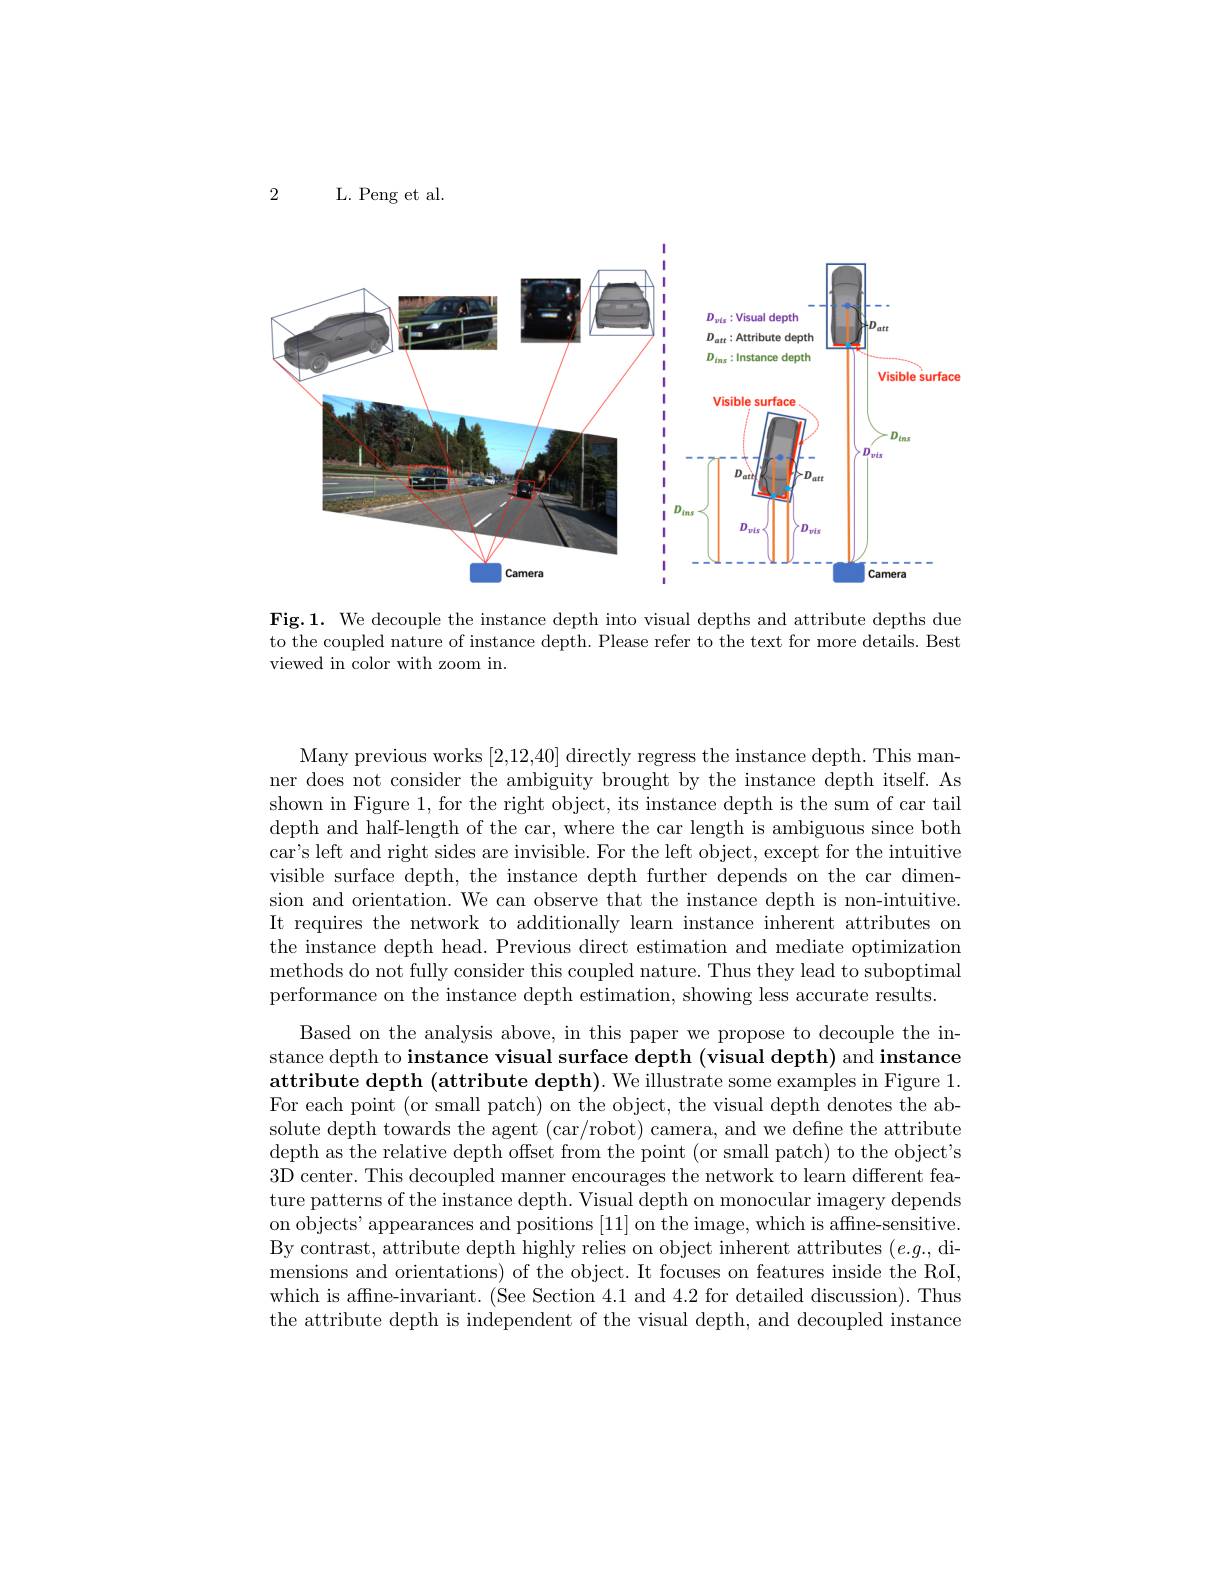
2

L. Peng et al

<FigureHere>

Fig.1. We decouple the instance depth into visual depths and attribute depths due to the coupled nature of instance depth. Please refer to the text for more details. Best viewed in color with zoom in.

Many previous works [2,12,40] directly regress the instance depth. This manner does not consider the ambiguity brought by the instance depth itself. As shown in Figure 1, for the right object, its instance depth is the sum of car tail depth and half-length of the car, where the car length is ambiguous since both car's left and right sides are invisible. For the left object, except for the intuitive visible surface depth, the instance depth further depends on the car dimension and orientation. We can observe that the instance depth is non-intuitive. It requires the network to additionally learn instance inherent attributes on the instance depth head. Previous direct estimation and mediate optimization methods do not fully consider this coupled nature. Thus they lead to suboptimal performance on the instance depth estimation, showing less accurate results.

Based on the analysis above, in this paper we propose to decouple the instance depth to instance visual surface depth (visual depth) and instance attribute depth (attribute depth). We illustrate some examples in Figure 1. For each point (or small patch) on the object, the visual depth denotes the absolute depth towards the agent (car/robot) camera, and we define the attribute $\dot{\text{depth as the relative depth offset from the point(or small patch) to the object's}}$ 3D center. This decoupled manner encourages the network to learn different feature patterns of the instance depth. Visual depth on monocular imagery depends on objects' appearances and positions [11] on the image, which is affine-sensitive. By contrast, attribute depth highly relies on object inherent attributes $(e.g.$, dimensions and orientations) of the object. It focuses on features inside the RoI, which is affne-invariant. (See Section 4.1 and 4.2 for detailed discussion). Thus the attribute depth is independent of the visual depth, and decoupled instance